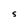
Character: S